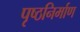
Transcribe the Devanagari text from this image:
पृष्ठनिर्माण